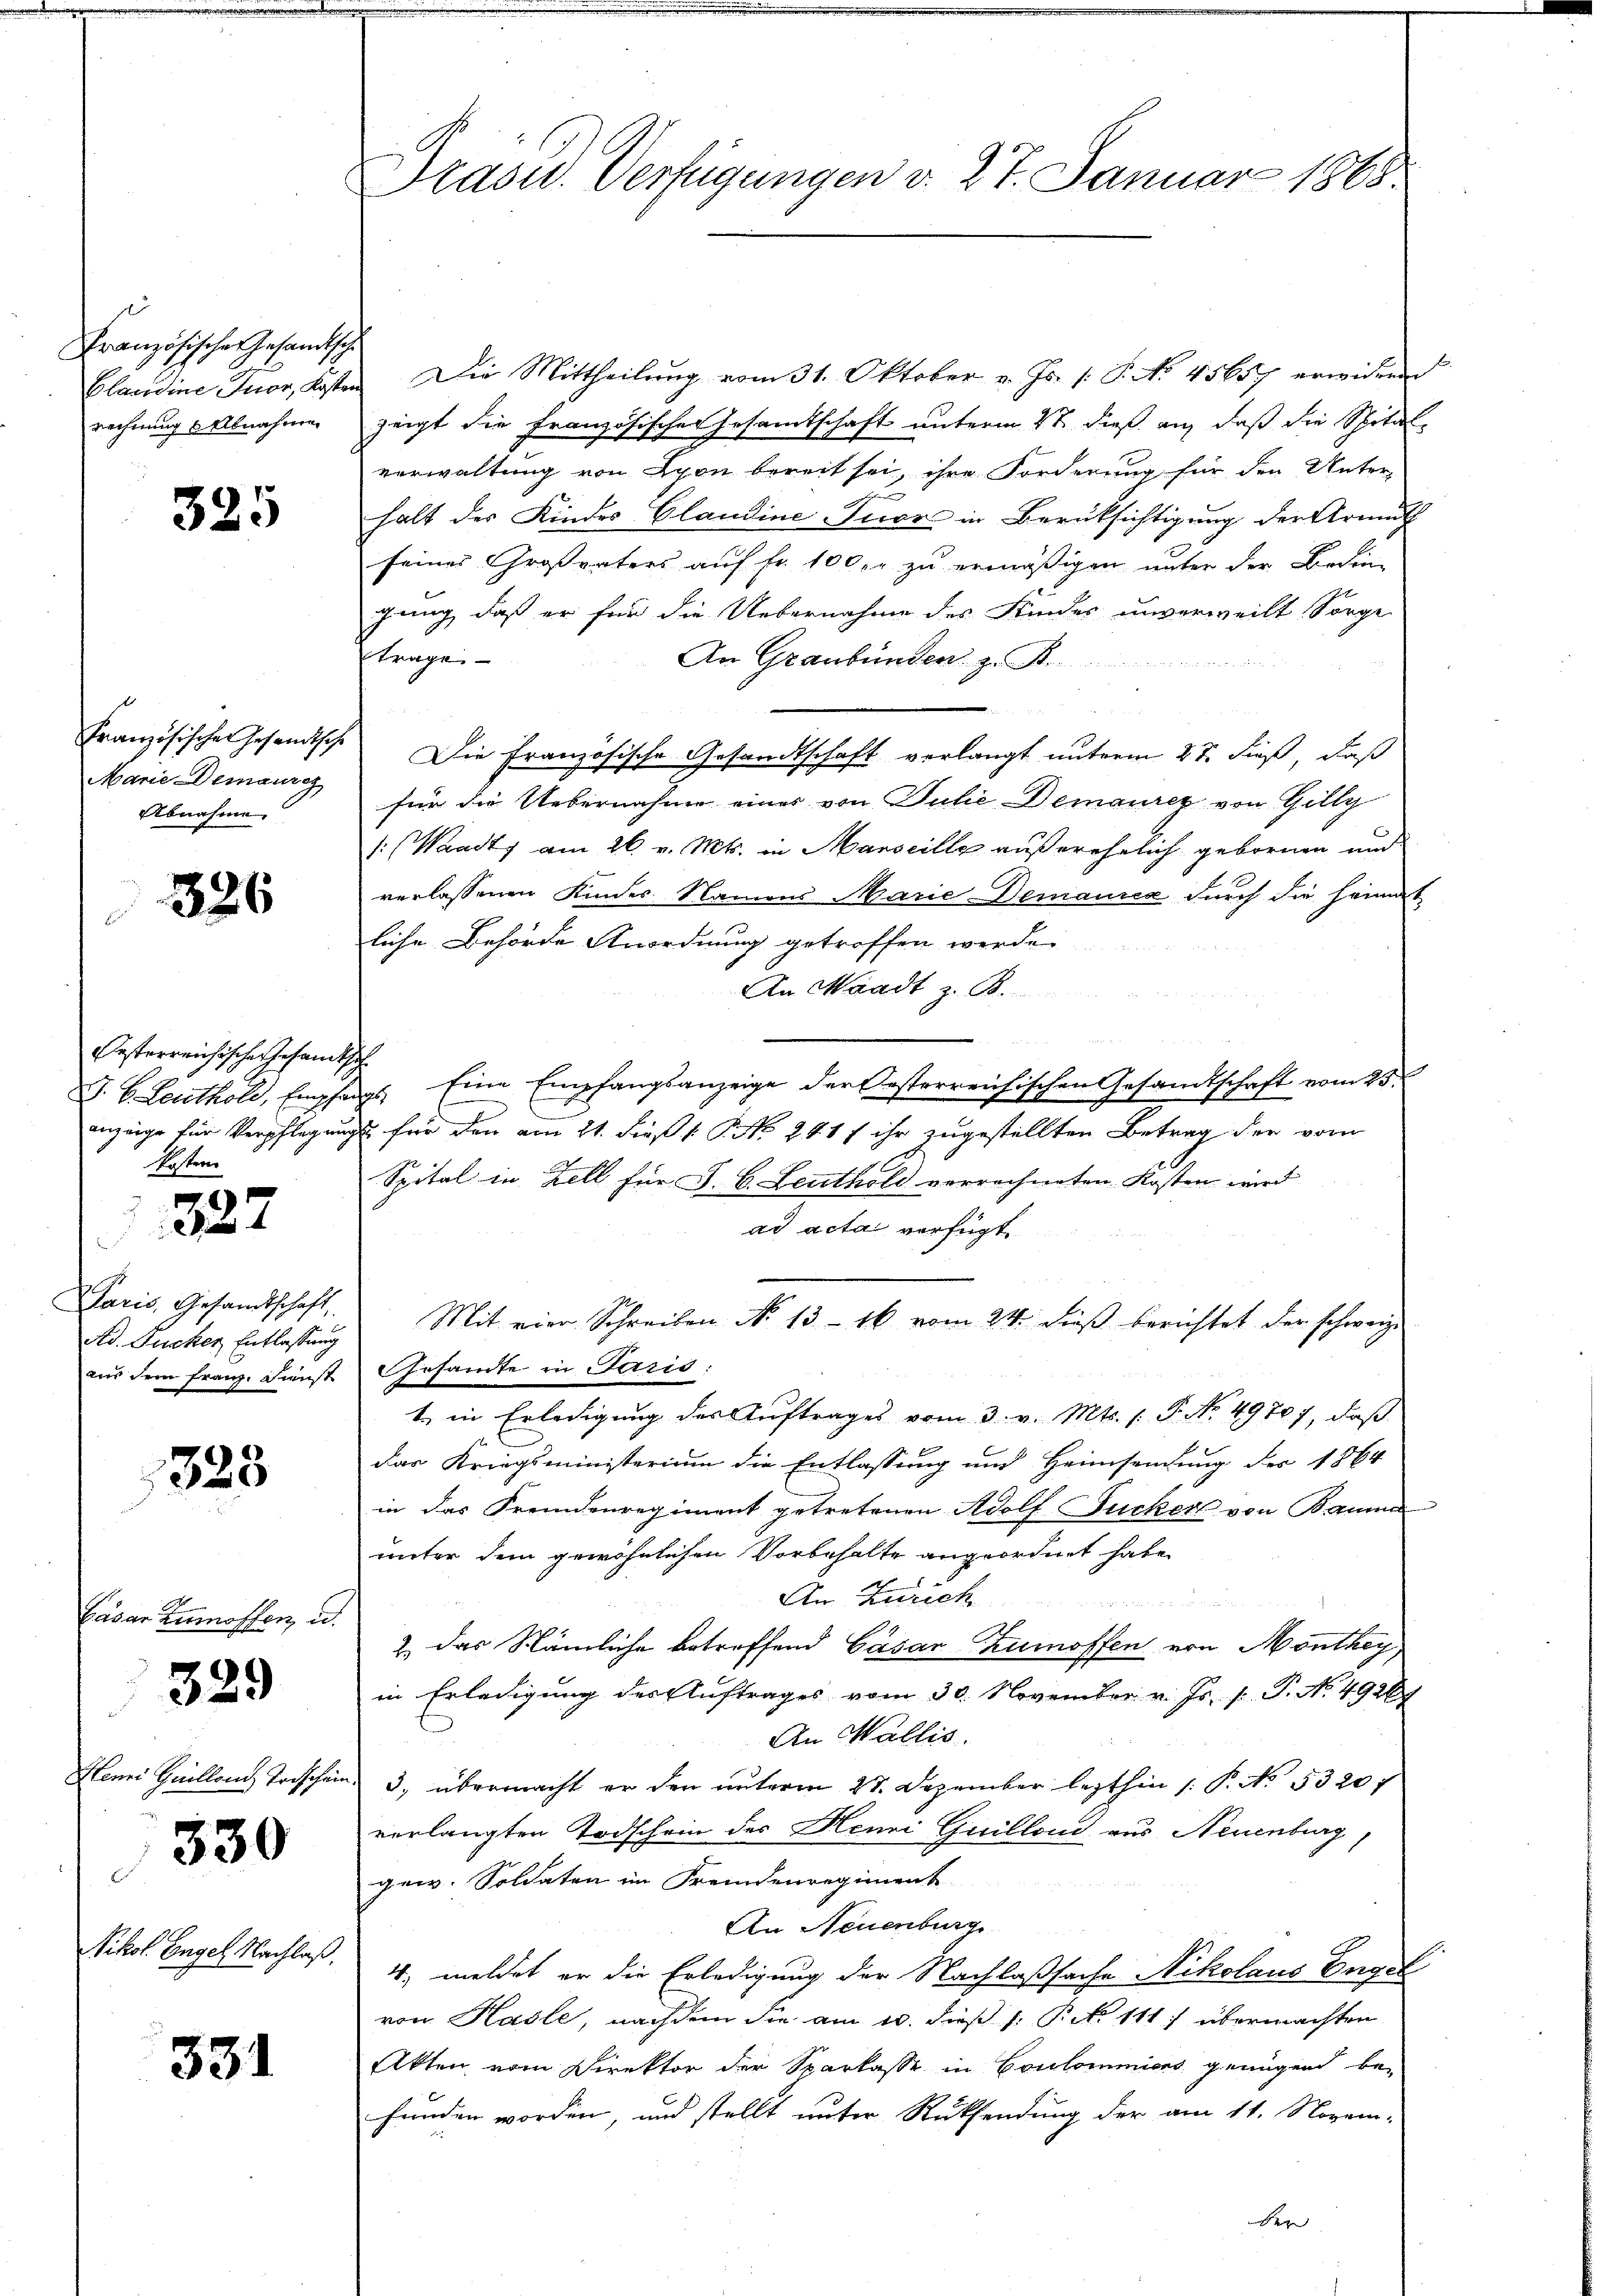
Französisches Gesandtsche
Plaudine Tuor, Kosten
rechnung Abnahme

325

Französischen Gesandtsche
Marie Demaureg
Abnahme.

326

festerreichische Gesamt
J. B. Leuthold, Empfan
anzeige für Verpflegung
Kosten

327

Paris, Gesandtschaft
Ad. Jucker Entlassung
aus dem Franz. Dienste

323

Cäsar zumossen, u.

329

Henri Gaillons Todschein
Nikol. Engel Nachlaß.

330

331

Prasur. Verfügungen v. 27. Januar 1868.

Die Mittheilung vom 31. Oktober v. Js. 1. P. No. 45657 erwideren
zeigt die Französisches Gesamtschaft unterm 2t dieß auf daß die Spitalverwaltung von Lyon bereit sei, ihre Forderung für den Unter-
halt des Kindes Claudine Tuor in Berüksichtigung der Armuth
seines Großvaters auf fr. 100. zu ermäßigen unter der Bedin-
gung, daß er für die Uebernahme des Kindes unverweilt, Sorge
trage
An Graubünden. z. B.
Die Französische Gesandtschaft verlangt unterm 27. dieß, daß
für die Uebernahme eines von Julie Demaurer von Gilly
s: (Waadt am 26. v. Mts. in Marseille außerehelich gebornen und
verlassenen Kinder Namens Marie Demaurez durch die Heimat
liche Behörde Anordnung getroffen werde.
An Waadt z. B.
as Eine Empfangsanzeige der Oesterreichischen Gesandtschaft vom 25ten
u für den am 21. dieß 1 Frk. 241 f ihr zugestellten Betrag der vom
Spital in Zell für J. H. Leuthold vorrechneten Kosten wird
ad acta verfügt
Mit vier Schreiben No 13 – 16 vom 24. dieß berichtet der schweize
Gesamte in Paris:
t in Erledigung des Auftrages vom 3. v. Mts. 1. P. No. 49707, daß
das Kriegsministerium die Entlassung und Heimsendung der 1864
in das Fremdenregiment getretenen Adolf Jucker von Bauma
unter dem gewöhnlichen Vorbehalte angeordnet habe,
An Zürich
¬
2.) Das Stämliche betreffend Gasar Kumoffen von Monthey
in Erledigung des Auftrages vom 30. November v. Js. f. P. No. 4926
An Wallis.
3, übermacht er den unterm 28. Dezember lezthin /: P. No. 53207
verlangten Todschein des Henri Guilland aus Neuenburg,
gew. Soldaten im Fremdenregiment
An Neuenburg
4, meldet er die Erledigung der Nachlaßsache Nikolaus Engel
von Hasle, nachdem Sie am 10. dieß 1: Pct. 111) übermachten
Akten vom Direktor der Sparkasse in Coulommiers genügend bei
funden worden, und stellt unter Rücksendung der am 11. Novem-
Ber